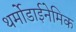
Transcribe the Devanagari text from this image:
थर्मोडाईनेमिक